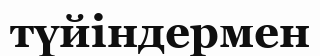
түйіндермен